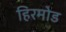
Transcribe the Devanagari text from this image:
हिरमोड